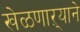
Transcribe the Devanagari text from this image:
खेळणाऱ्याने